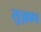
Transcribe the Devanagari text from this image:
सुझाप